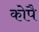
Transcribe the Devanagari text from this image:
कोपै